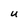
Character: U